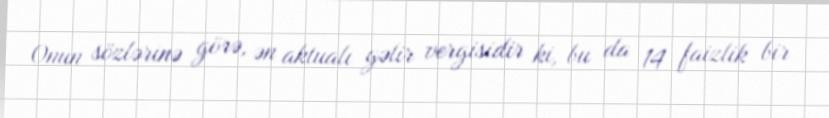
Onun sözlərinə görə, ən aktualı gəlir vergisidir ki, bu da 14 faizlik bir